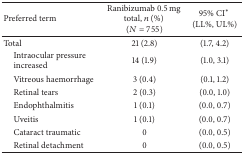
| Preferred term | Ranibizumab 0.5 mg total, n (%) (N = 755) | 95% CI* (LL%, UL%) |
 | --- | --- | --- |
 | Total | 21 (2.8) | (1.7, 4.2) |
 | Intraocular pressureincreased | 14 (1.9) | (1.0, 3.1) |
 | Vitreous haemorrhage | 3 (0.4) | (0.1, 1.2) |
 | Retinal tears | 2 (0.3) | (0.0, 1.0) |
 | Endophthalmitis | 1 (0.1) | (0.0, 0.7) |
 | Uveitis | 1 (0.1) | (0.0, 0.7) |
 | Cataract traumatic | 0 | (0.0, 0.5) |
 | Retinal detachment | 0 | (0.0, 0.5) |